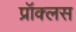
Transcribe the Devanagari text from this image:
प्रॉक्लस